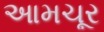
આમચૂર